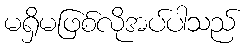
မရှိမဖြစ်လိုအပ်ပါသည်